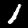
Label: 1